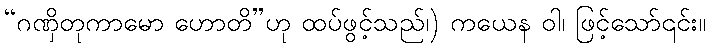
“ဂဏှိတုကာမော ဟောတိ”ဟု ထပ်ဖွင့်သည်၊) ကယေန ဝါ၊ ဖြင့်သော်၎င်း။